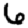
Digit: 6